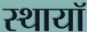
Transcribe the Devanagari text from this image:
स्थायॉ